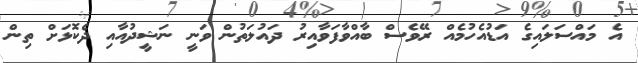
އެ މައްސަލައިގެ އަޑުއެހުމެއް ރޭވެސް ބާއްވާފަވާއިރު ދައުލަތުން ވަނީ ނަޝީދުއާއި ދެކޮޅަށް ތިން